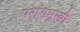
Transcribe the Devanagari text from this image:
परांगमुखी